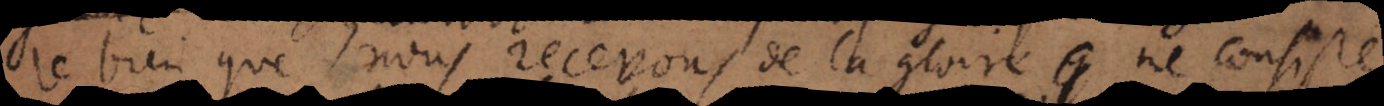
bien que nous recevons de la gloire ne consiste